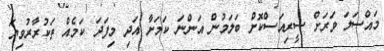
މައްސަލަ ވަރަށް ސީރިއަސްކޮށް ބަލަމުން އަންނަ ކަމަށާ އަދި މިފަދަ ކަމެއް ތަކުރާރުވިޔަ